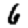
Digit: 6